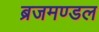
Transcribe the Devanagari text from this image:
ब्रजमण्डल